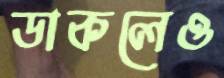
ডাকলেও